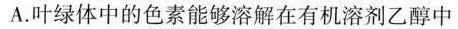
A.叶绿体中的色素能够溶解在有机溶剂乙醇中